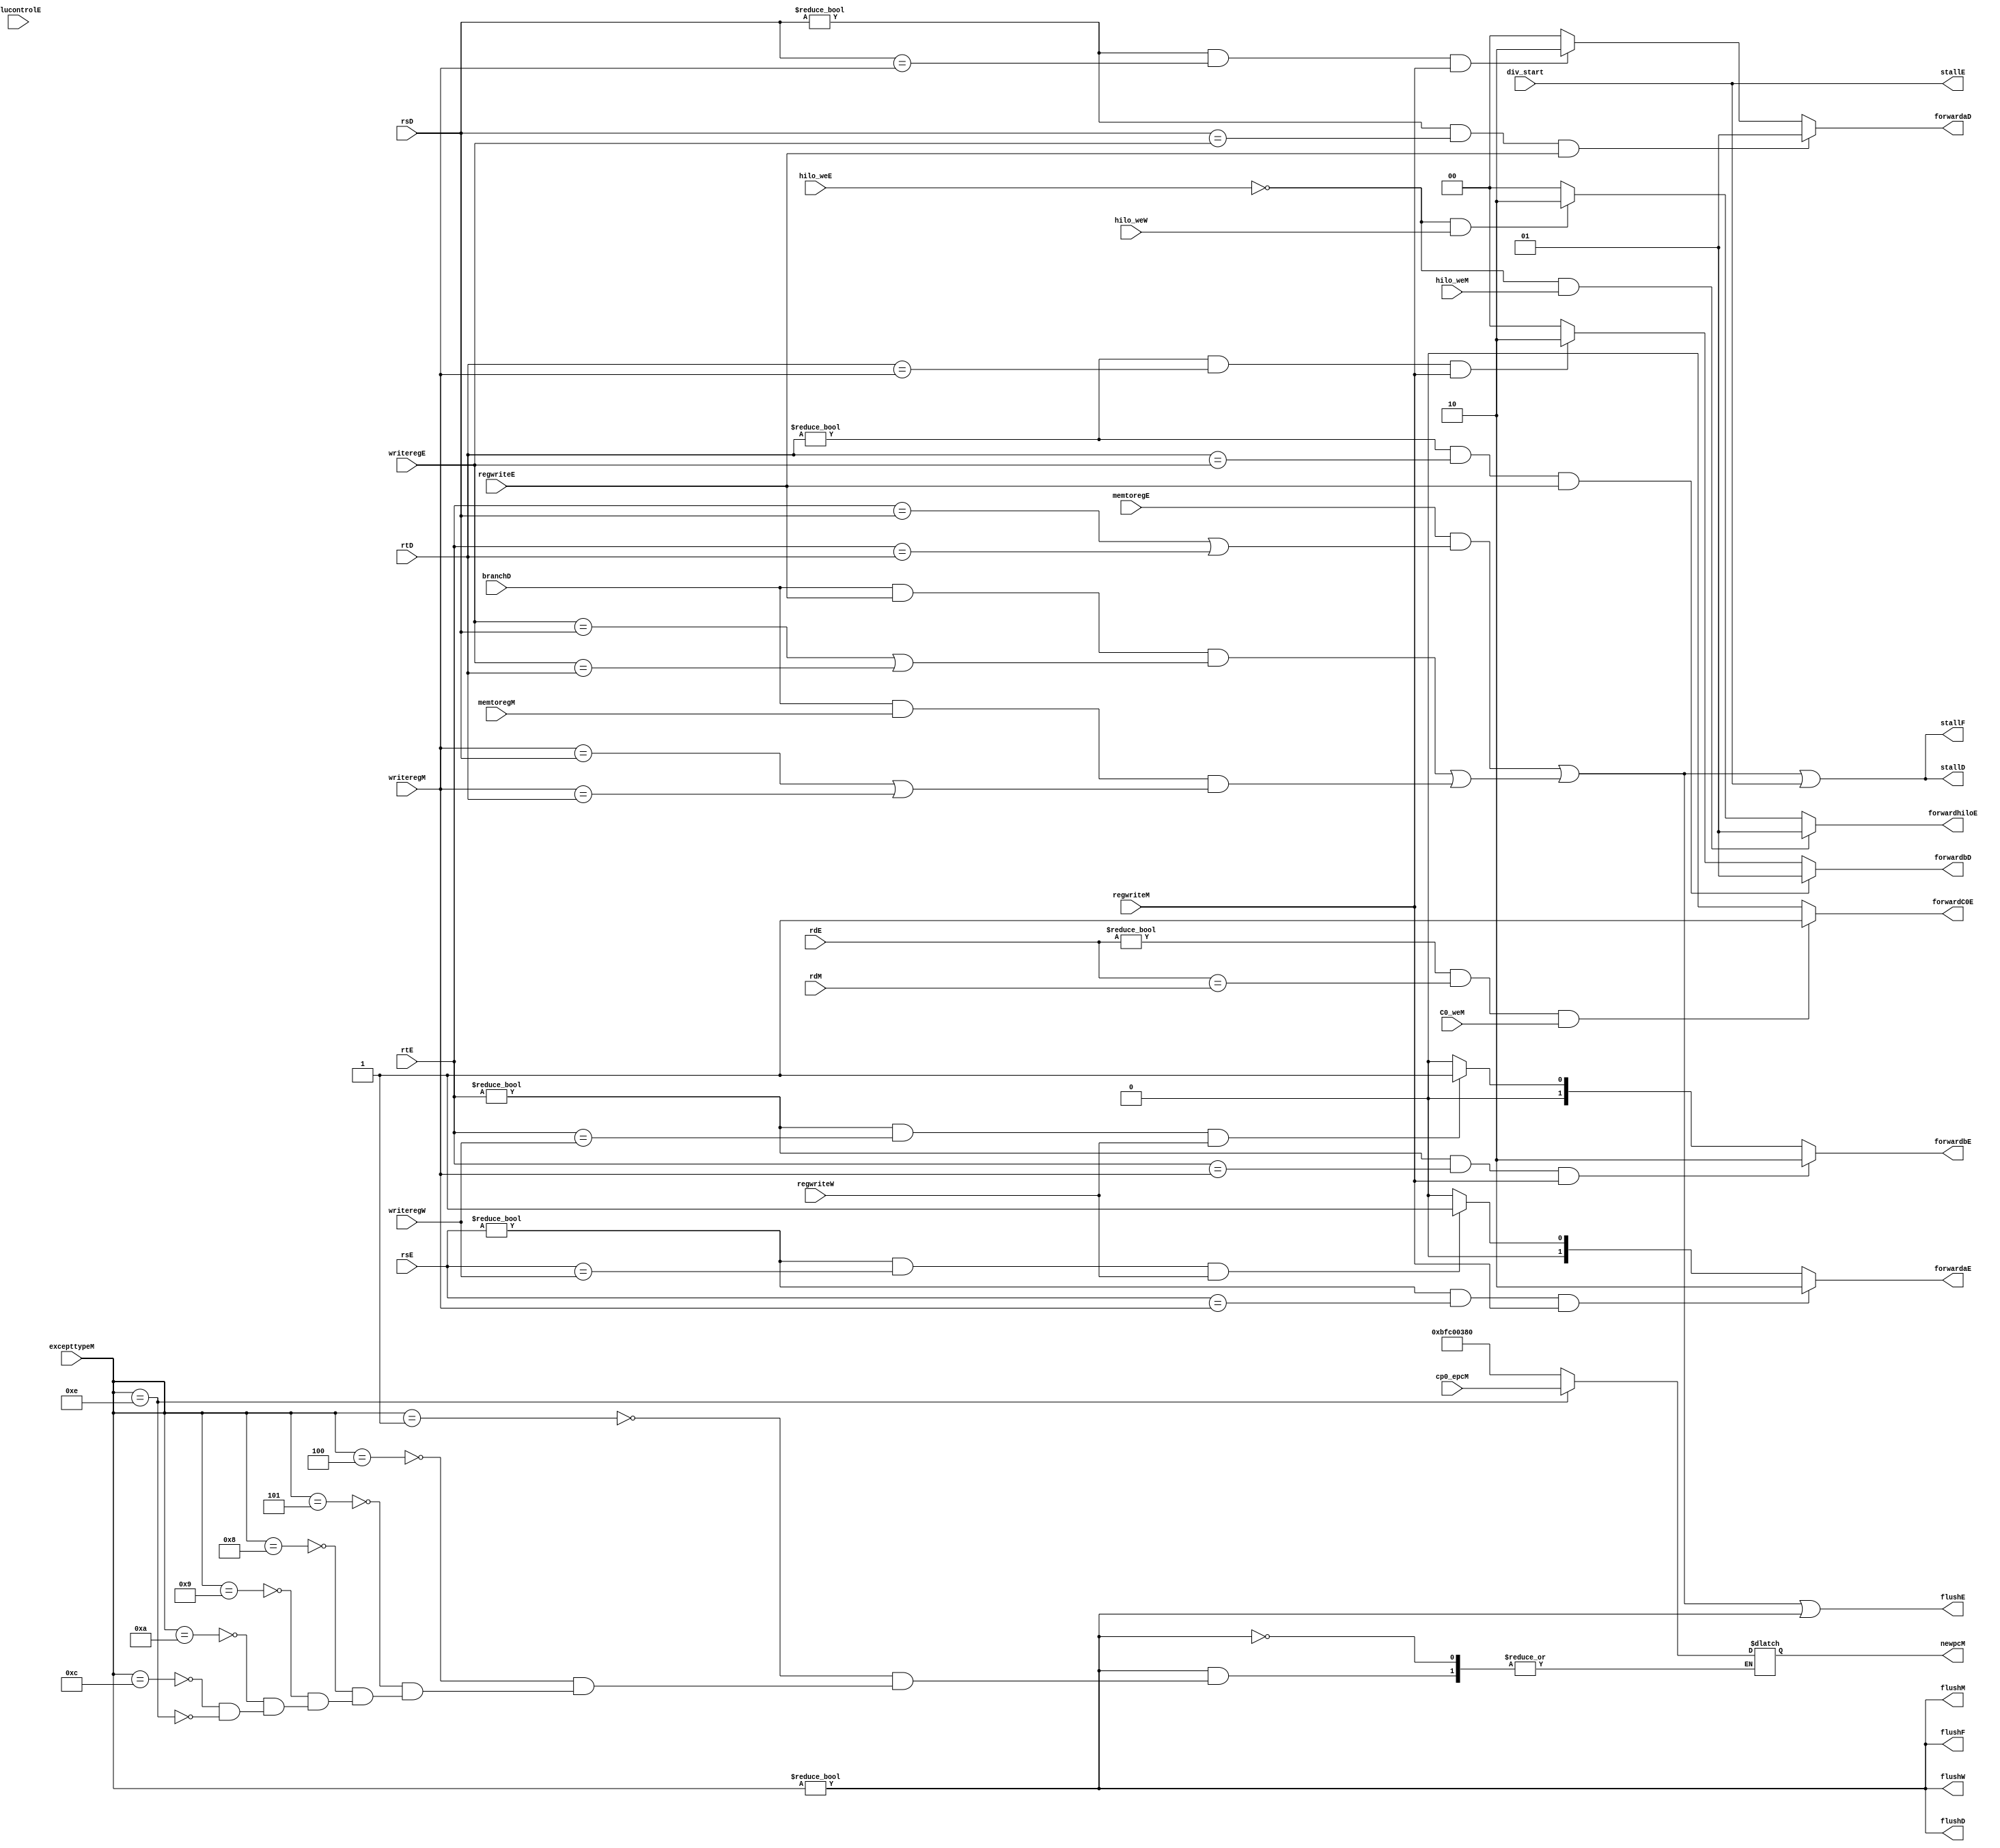
module hazard(
	//fetch stage
	output wire stallF,
	output wire flushF,
	//decode stage
	input wire[4:0] rsD,rtD,
	input wire branchD,
	output wire [1:0] forwardaD,forwardbD,
	output wire stallD,
	output wire flushD,
	//execute stage
	input wire[4:0] alucontrolE,
	input wire[4:0] rsE,rtE,rdE,
	input wire[4:0] writeregE,
	input wire regwriteE,
	input wire memtoregE,
	input wire [1:0] hilo_weE,
	output wire [1:0] forwardaE,forwardbE,
	output wire [1:0] forwardhiloE,
	output wire forwardC0E,
	output wire flushE,
	output wire stallE,
	input wire div_start,
	//mem stage
	input wire[4:0] writeregM,
	input wire regwriteM,
	input wire memtoregM,
	input wire [1:0] hilo_weM,
	input wire C0_weM,
	input wire [4:0] rdM,
	input wire [31:0] excepttypeM,
	output wire flushM,
	input wire [31:0] cp0_epcM,
	output reg [31:0] newpcM,
	//write back stage
	input wire[4:0] writeregW,
	input wire regwriteW,
	input wire [1:0] hilo_weW,
	output wire flushW
    );

	wire lwstallD,branchstallD,flush_except;
	assign forwardaD = (rsD != 0 & rsD == writeregE & regwriteE) ? 2'b01 :
						(rsD != 0 & rsD == writeregM & regwriteM) ? 2'b10 : 2'b00;
	assign forwardbD = (rtD != 0 & rtD == writeregE & regwriteE) ? 2'b01 :
						(rtD != 0 & rtD == writeregM & regwriteM) ? 2'b10 : 2'b00;
	
	assign forwardhiloE =  (!hilo_weE && hilo_weM) ? 2'b01 :
						  (!hilo_weE && hilo_weW) ? 2'b10 : 2'b00;
	assign forwardC0E = ((rdE != 0) & (rdE == rdM) & (C0_weM)) ? 1'b1 : 1'b0;
	assign forwardaE = ((rsE != 0) & (rsE == writeregM) & regwriteM) ? 2'b10 : 
						((rsE != 0) & (rsE == writeregW) & regwriteW) ? 2'b01 : 2'b00;
	assign forwardbE = ((rtE != 0) & (rtE == writeregM) & regwriteM) ? 2'b10 : 
						((rtE != 0) & (rtE == writeregW) & regwriteW) ? 2'b01 : 2'b00;

	assign  lwstallD = memtoregE & (rtE == rsD | rtE == rtD);
	assign branchstallD = (branchD & regwriteE  & (writeregE == rsD | writeregE == rtD))//还没计算出来，只能暂停 branchD.只有branch是D时候比较，其他可以放在E阶段
                 | (branchD & memtoregM & (writeregM == rsD | writeregM == rtD));//lw指令，只能暂停,not necessary
    
  	assign stallE = div_start;		       
	assign stallD = lwstallD | branchstallD | div_start;
	assign stallF = lwstallD | branchstallD | div_start;

	assign flush_except = (excepttypeM != 32'b0);
	assign flushF = flush_except;
	assign flushD = flush_except;
	assign flushE = lwstallD | branchstallD |flush_except; 
	assign flushM = flush_except;
	assign flushW = flush_except;

	//assign newpcM = flush_except ? (excepttypeM == 32'h0000000e ? cp0_epcM : 32'hBFC00380) : 32'h00000001;
		//CP0 ->bfc00380
  	always @(*) begin
		if(excepttypeM != 32'b0) begin
			/* code */
			case (excepttypeM)
				32'h00000001:begin 
					newpcM <= 32'hBFC00380;
				end
				32'h00000004:begin 
					newpcM <= 32'hBFC00380;

				end
				32'h00000005:begin 
					newpcM <= 32'hBFC00380;

				end
				32'h00000008:begin 
					newpcM <= 32'hBFC00380;
					// new_pc <= 32'h00000040;
				end
				32'h00000009:begin 
					newpcM <= 32'hBFC00380;

				end
				32'h0000000a:begin 
					newpcM <= 32'hBFC00380;

				end
				32'h0000000c:begin 
					newpcM <= 32'hBFC00380;

				end
				32'h0000000e:begin 
					newpcM <= cp0_epcM;
				end
				default : /* default */;
			endcase
		end
	
	end
endmodule